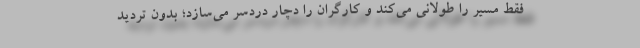
فقط مسیر را طولانی می‌کند و کارگران را دچار دردسر می‌سازد؛ بدون تردید